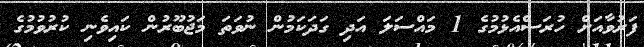
ފަރުވާއަށް ހުރަސްއެޅުމުގެ 1 މައްސަލަ އަދި ގަދަކަމުން ނުވަތަ މަޖުބޫރުން ކައިވެނި ކުރުވުމުގެ